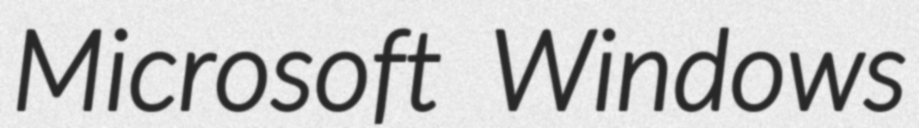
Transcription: Microsoft Windows